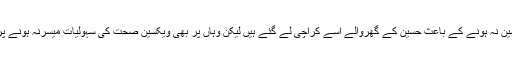
علاقے میں کتے کے کاٹے کی ویکسین نہ ہونے کے باعث حسین کے گھروالے اسے کراچی لے گئے ہیں لیکن وہاں پر بھی ویکسین صحت کی سہولیات میسرنہ ہونے پروہ والدین کے ساتھ دربدر ہورہا ہے۔